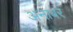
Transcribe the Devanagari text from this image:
अनाबर